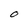
Character: O